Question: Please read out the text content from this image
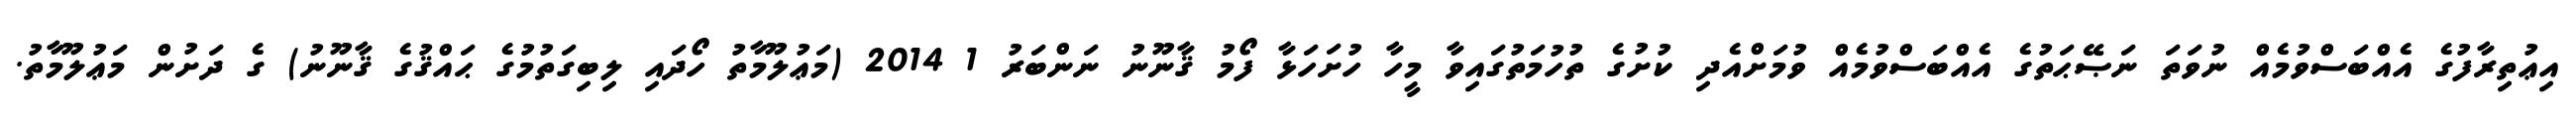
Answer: އިޢުތިރާފުގެ އެއްބަސްވުމެއް ނުވަތަ ނަޞޭޙަތުގެ އެއްބަސްވުމެއް ވުމަށްއެދި ކުށުގެ ތުހުމަތުގައިވާ މީހާ ހުށަހަޅާ ފޯމު ޤާނޫނު ނަންބަރު 1 2014 (މަޢުލޫމާތު ހޯދައި ލިބިގަތުމުގެ ޙައްޤުގެ ޤާނޫނު) ގެ ދަށުން މަޢުލޫމާތު.